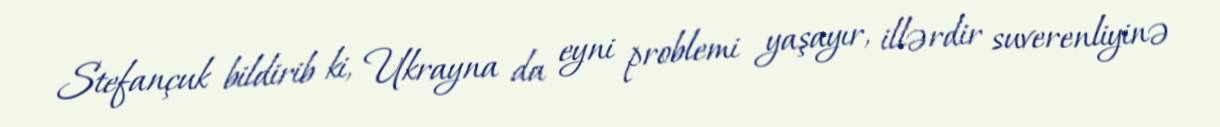
Stefançuk bildirib ki, Ukrayna da eyni problemi yaşayır, illərdir suverenliyinə